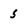
Character: 5